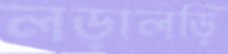
লড়ালড়ি